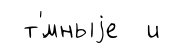
т'́мныjе и